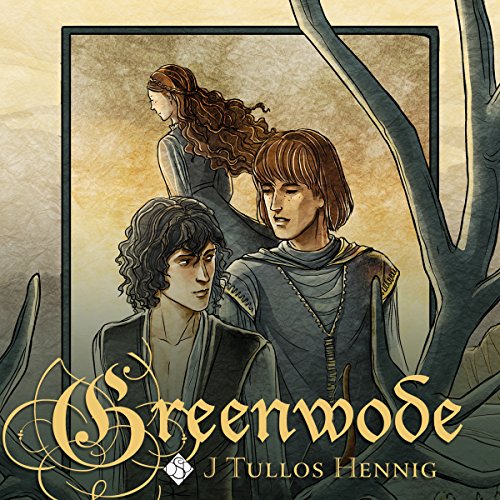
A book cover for Greenwode: The Wode, Book 1; J Tullos Hennig; Romance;